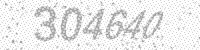
Solution: 304640